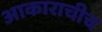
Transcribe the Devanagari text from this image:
आकाराचीच